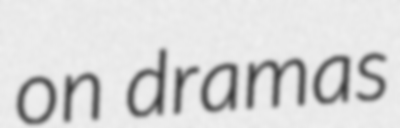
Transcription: on dramas